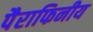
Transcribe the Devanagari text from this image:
पैराफिनीय